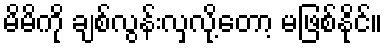
မိမိကို ချစ်လွန်းလှလို့တော့ မဖြစ်နိုင်။